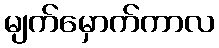
မျက်မှောက်ကာလ